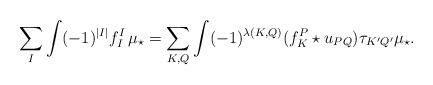
LaTeX: \begin{align*} \sum_I \int (-1)^{|I|}f_I^I \, \mu_\star = \sum_{K,Q}\int(-1)^{\lambda(K,Q)} (f_K^P \star u_{PQ}) \tau_{K' Q'}\mu_\star.\end{align*}